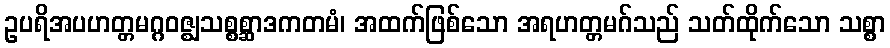
ဥပရိအပဟတ္တမဂ္ဂဝဇ္ဈသစ္စစ္ဆာဒကတမံ၊ အထက်ဖြစ်သော အရဟတ္တမဂ်သည် သတ်ထိုက်သော သစ္စာ